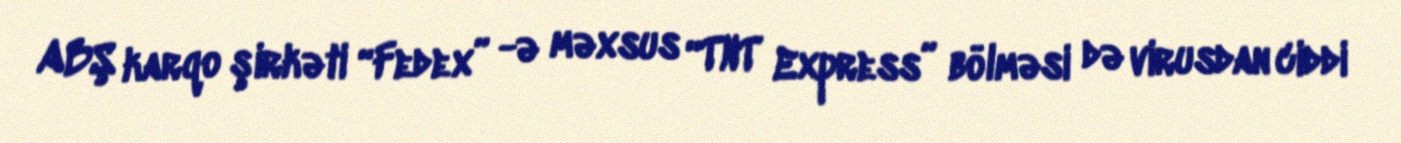
ABŞ karqo şirkəti “Fedex” -ə məxsus “TNT Express” bölməsi də virusdan ciddi